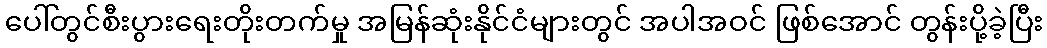
ပေါ်တွင်စီးပွားရေးတိုးတက်မှု အမြန်ဆုံးနိုင်ငံများတွင် အပါအဝင် ဖြစ်အောင် တွန်းပို့ခဲ့ပြီး